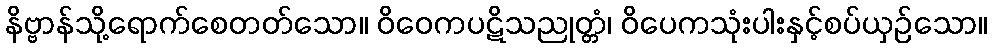
နိဗ္ဗာန်သို့ရောက်စေတတ်သော။ ဝိဝေကပဋိသညုတ္တံ၊ ဝိပေကသုံးပါးနှင့်စပ်ယှဉ်သော။